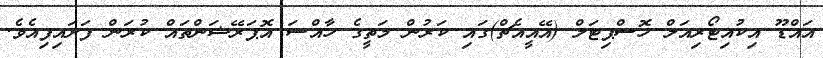
އައްޑޫ އިކުއިޓޯރިއަލް ހޮސްޕިޓަލް (އޭއީއެޗް)ގައި ކަރުން މަތީގެ ހާއްސަ އޮޕަރޭޝަންތައް ކުރަން ފަށައިފިއެވެ.